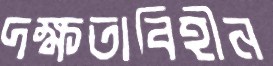
দক্ষতাবিহীন